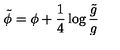
\tilde { \phi } = \phi + \frac { 1 } { 4 } \log \frac { \tilde { g } } { g }